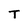
Character: T